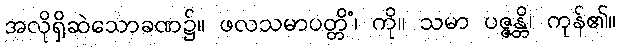
အလိုရှိဆဲသောခဏ၌။ ဖလသမာပတ္တိံ၊ ကို။ သမာ ပဇ္ဇန္တိ၊ ကုန်၏။